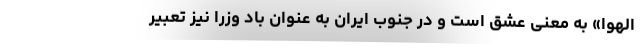
الهوا» به معنی عشق است و در جنوب ایران به عنوان باد وزرا نیز تعبیر